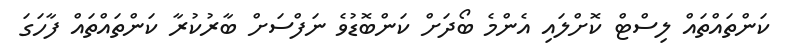
ކަންތައްތައް ލިސްޓް ކޮށްލައި އެންމެ ބޯދަށް ކަންބޮޑުވެ ނަފްސަށް ބާރުކުރާ ކަންތައްތައް ފާހަގަ